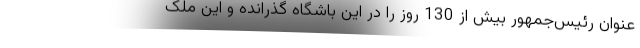
عنوان رئیس‌جمهور بیش از 130 روز را در این باشگاه گذرانده و این ملک